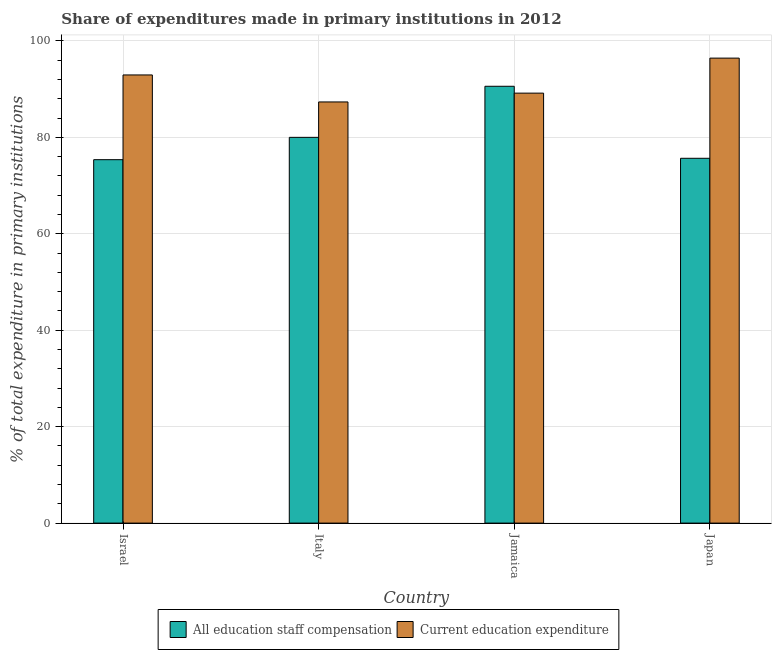
| Country | All education staff compensation | Current education expenditure |
 | --- | --- | --- |
 | Israel | 75.4 | 93 |
 | Italy | 80 | 87.4 |
 | Jamaica | 90.6 | 89.2 |
 | Japan | 75.7 | 96.4 |